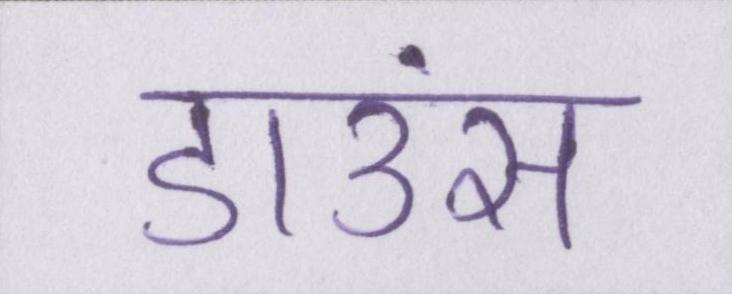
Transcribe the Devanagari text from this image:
डाउंस